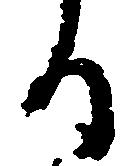
る